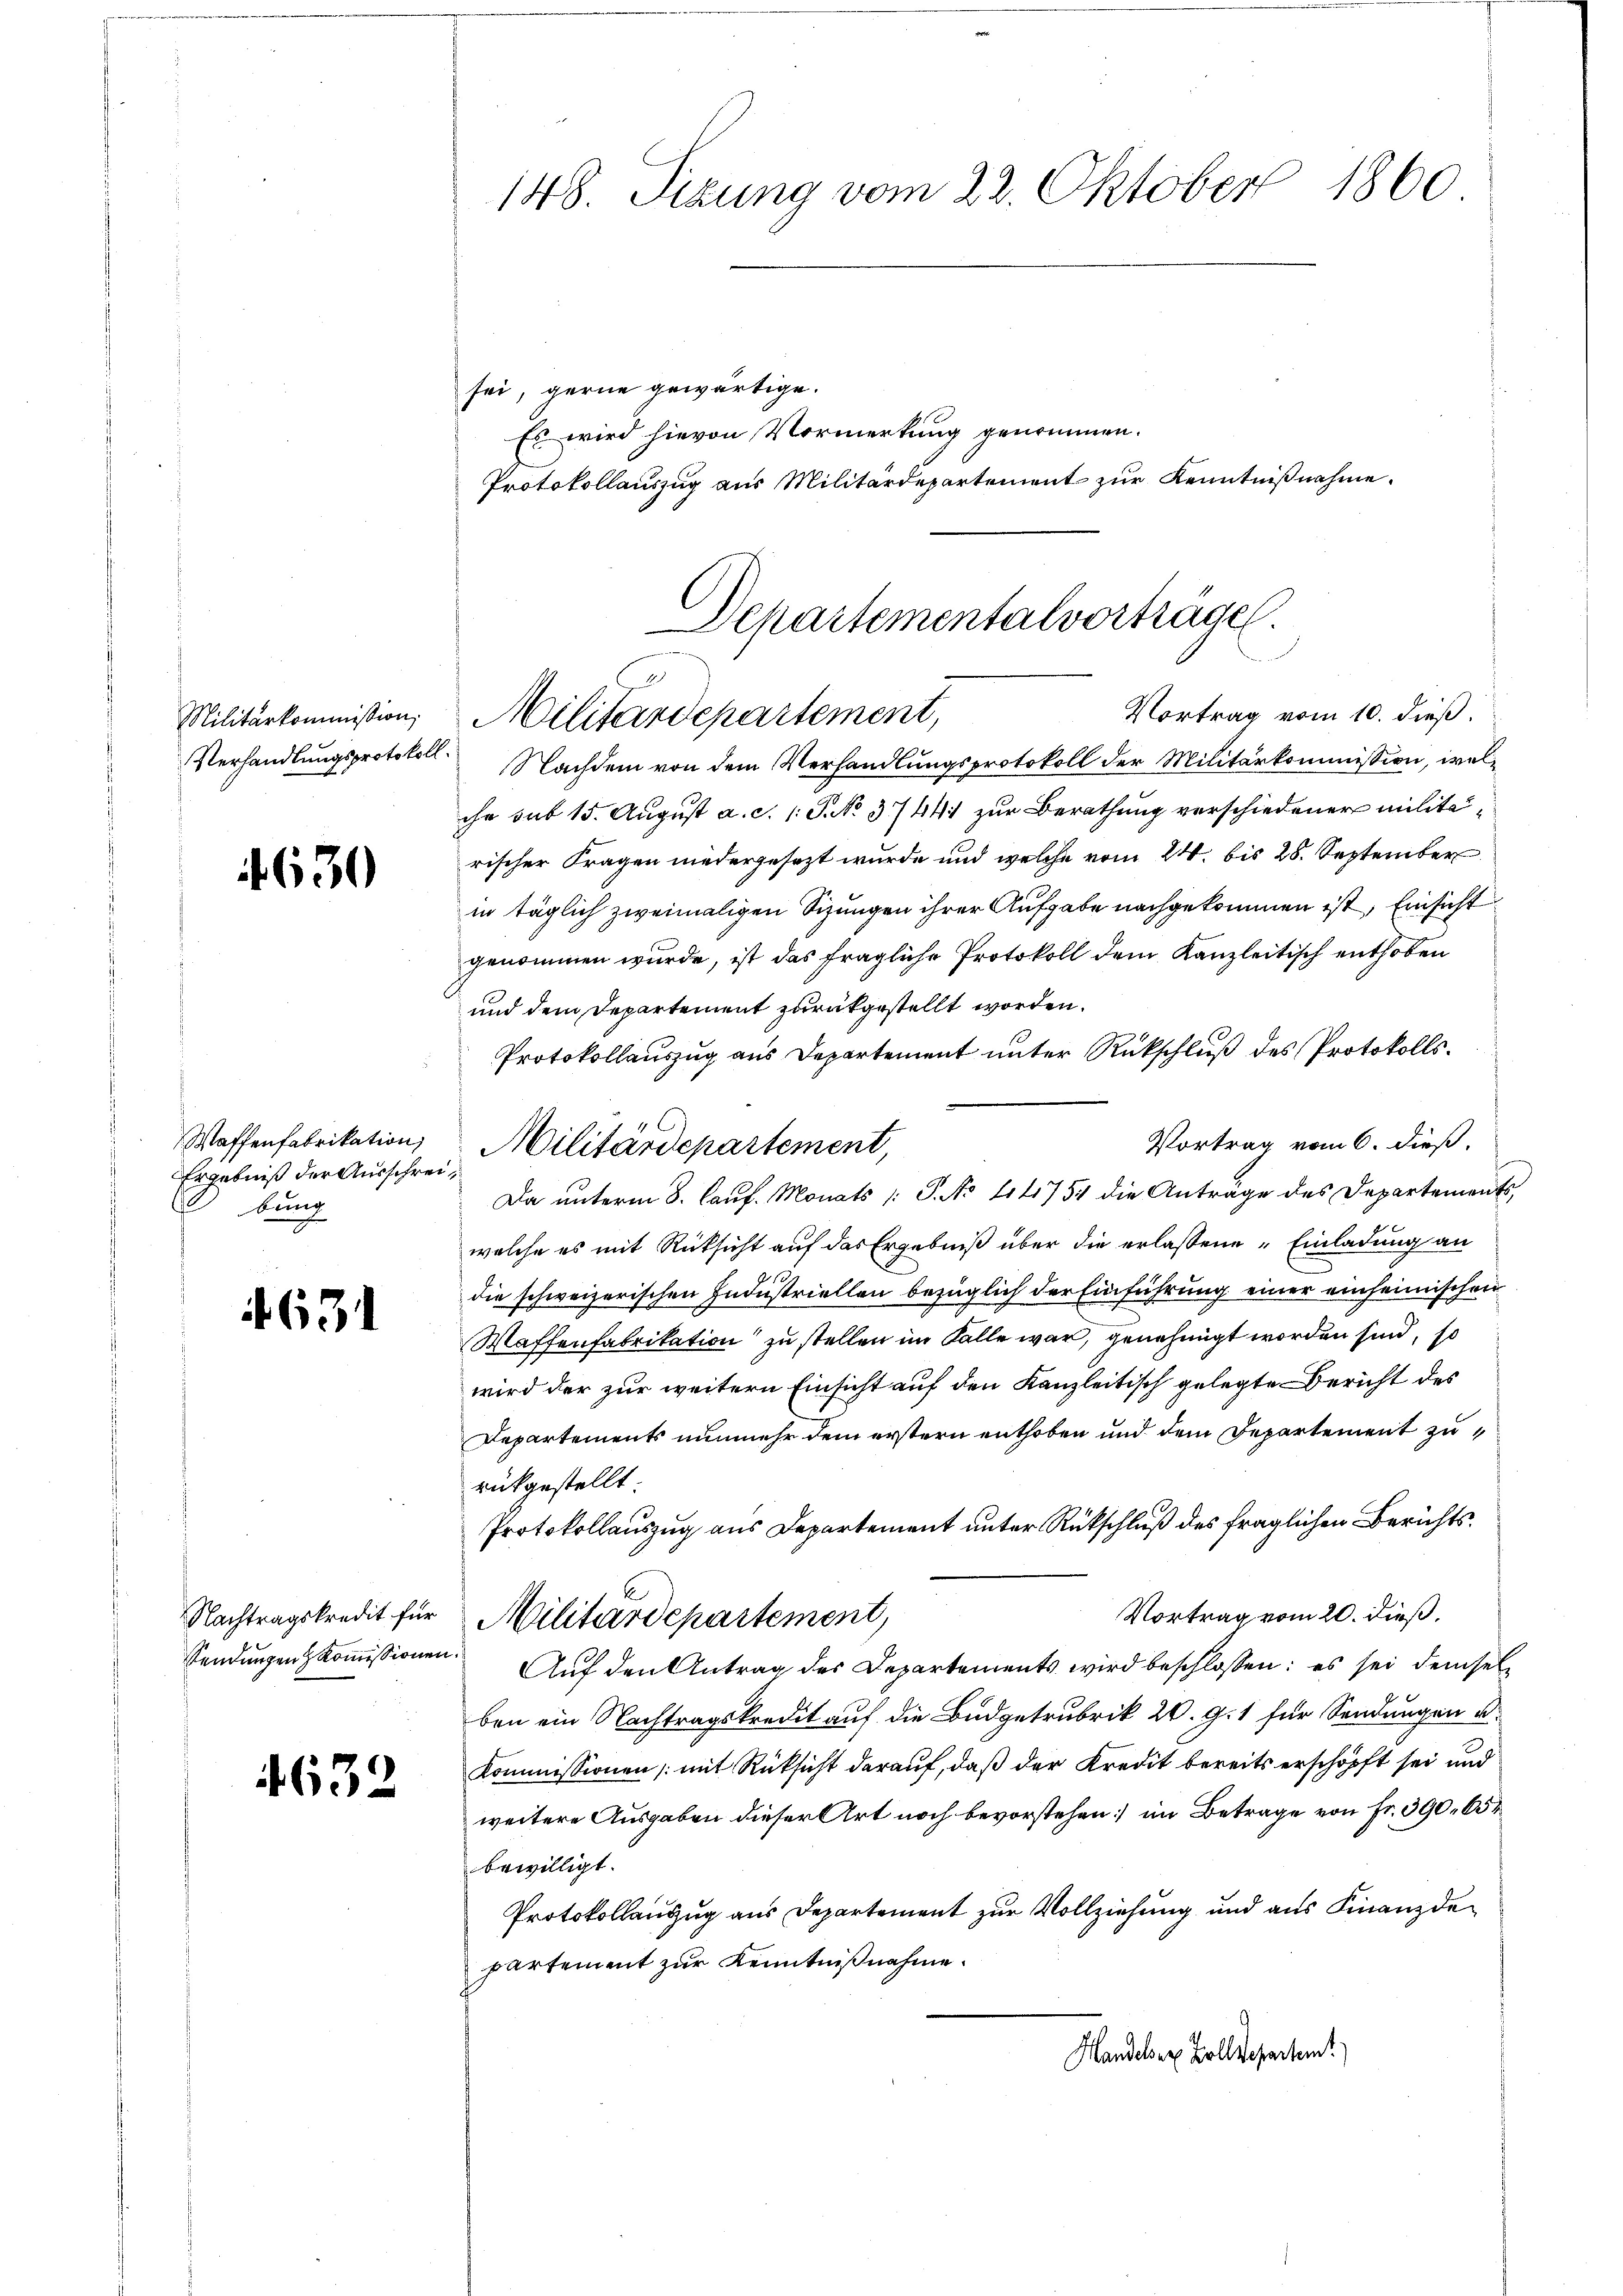
Militärkommission;

4630

Ergebniß der Ausschreibung

4631

632

148. Sizung vom 22. Oktober 1860

sei, gerne gewärtige.
Es wird hievon Vormerkung genommen.
Protokollauszug aus Militärdepartement zur Kenntnißnahme.
Departementalvorträge.

Verhandlungsprotokoll. Nachdem von dem Verhandlungsprotokoll der Militärkommission, welihr sub 15. August a. c. 1: P. No. 37441 zur Berathung verschiedener militarischer Fragen niedergesezt wurde und welche vom 24. bis 28. September
in täglich zweimaligen Sizungen ihrer Aufgabe nachgekommen ist, Einsicht
genommen wurde, ist das fragliche Protokoll dem Kanzleitisch enthoben
und dem Departement zurückgestellt worden.
Protokollauszug aus Departement unter Rückschluß des Protokolls.
Vortrag vom 6. dieß.
Da unterm 8. Kauf. Monats /: P. No 1141754 die Anträge des Departements,
welche es mit Rücksicht auf das Ergebniß über die erlassene Einladung an
die schweizerischen Industriellen bezüglich der Einführung einer einheimischen
Waffenfabrikation zu stellen im Falle war, genehmigt worden sind, so
wird der zur weitern Einsicht auf den Kanzleitisch gelegte Bericht des
Departements nunmehr dem erstern enthoben und dem Departement zurükgestellt.
Protokollauszug aus Departement unter Rückschluß des fraglichen Berichts¬
Vortrag vom 20. dieß.
Nachtragskredit für Militärdepartement,
Sendungen koṁissionen. Aŭf den Antrag des Departements wird beschlossen: es sei demsel-
ben ein Nachtragskredit auf die Budgetrubrik 20. G. 1 für Sendungen u.
Kommissionen (mit Rücksicht darauf, daß der Kredit bereits erschöpft sei und
weitere Ausgaben dieser Art noch bevorstehen im Betrage von Fr. 390. 65
bewilligt.
Protokollanzug aus Departement zur Vollziehung und aus Finanzdepartement zur Kenntniβnahme.
Handels er Zolldepartem

Vortrag vom 10. dieß.
Militärdepartement,

Waffenfabrikation, Militärdepartement,